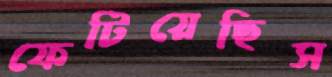
ফেটিয়েছিস